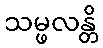
သမ္ဖလန္တိ